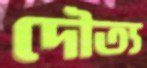
দৌত্য